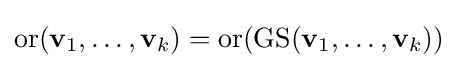
\operatorname {or} (\mathbf {v} _{1},\dots ,\mathbf {v} _{k})=\operatorname {or} (\operatorname {GS} (\mathbf {v} _{1},\dots ,\mathbf {v} _{k}))